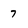
Character: 7